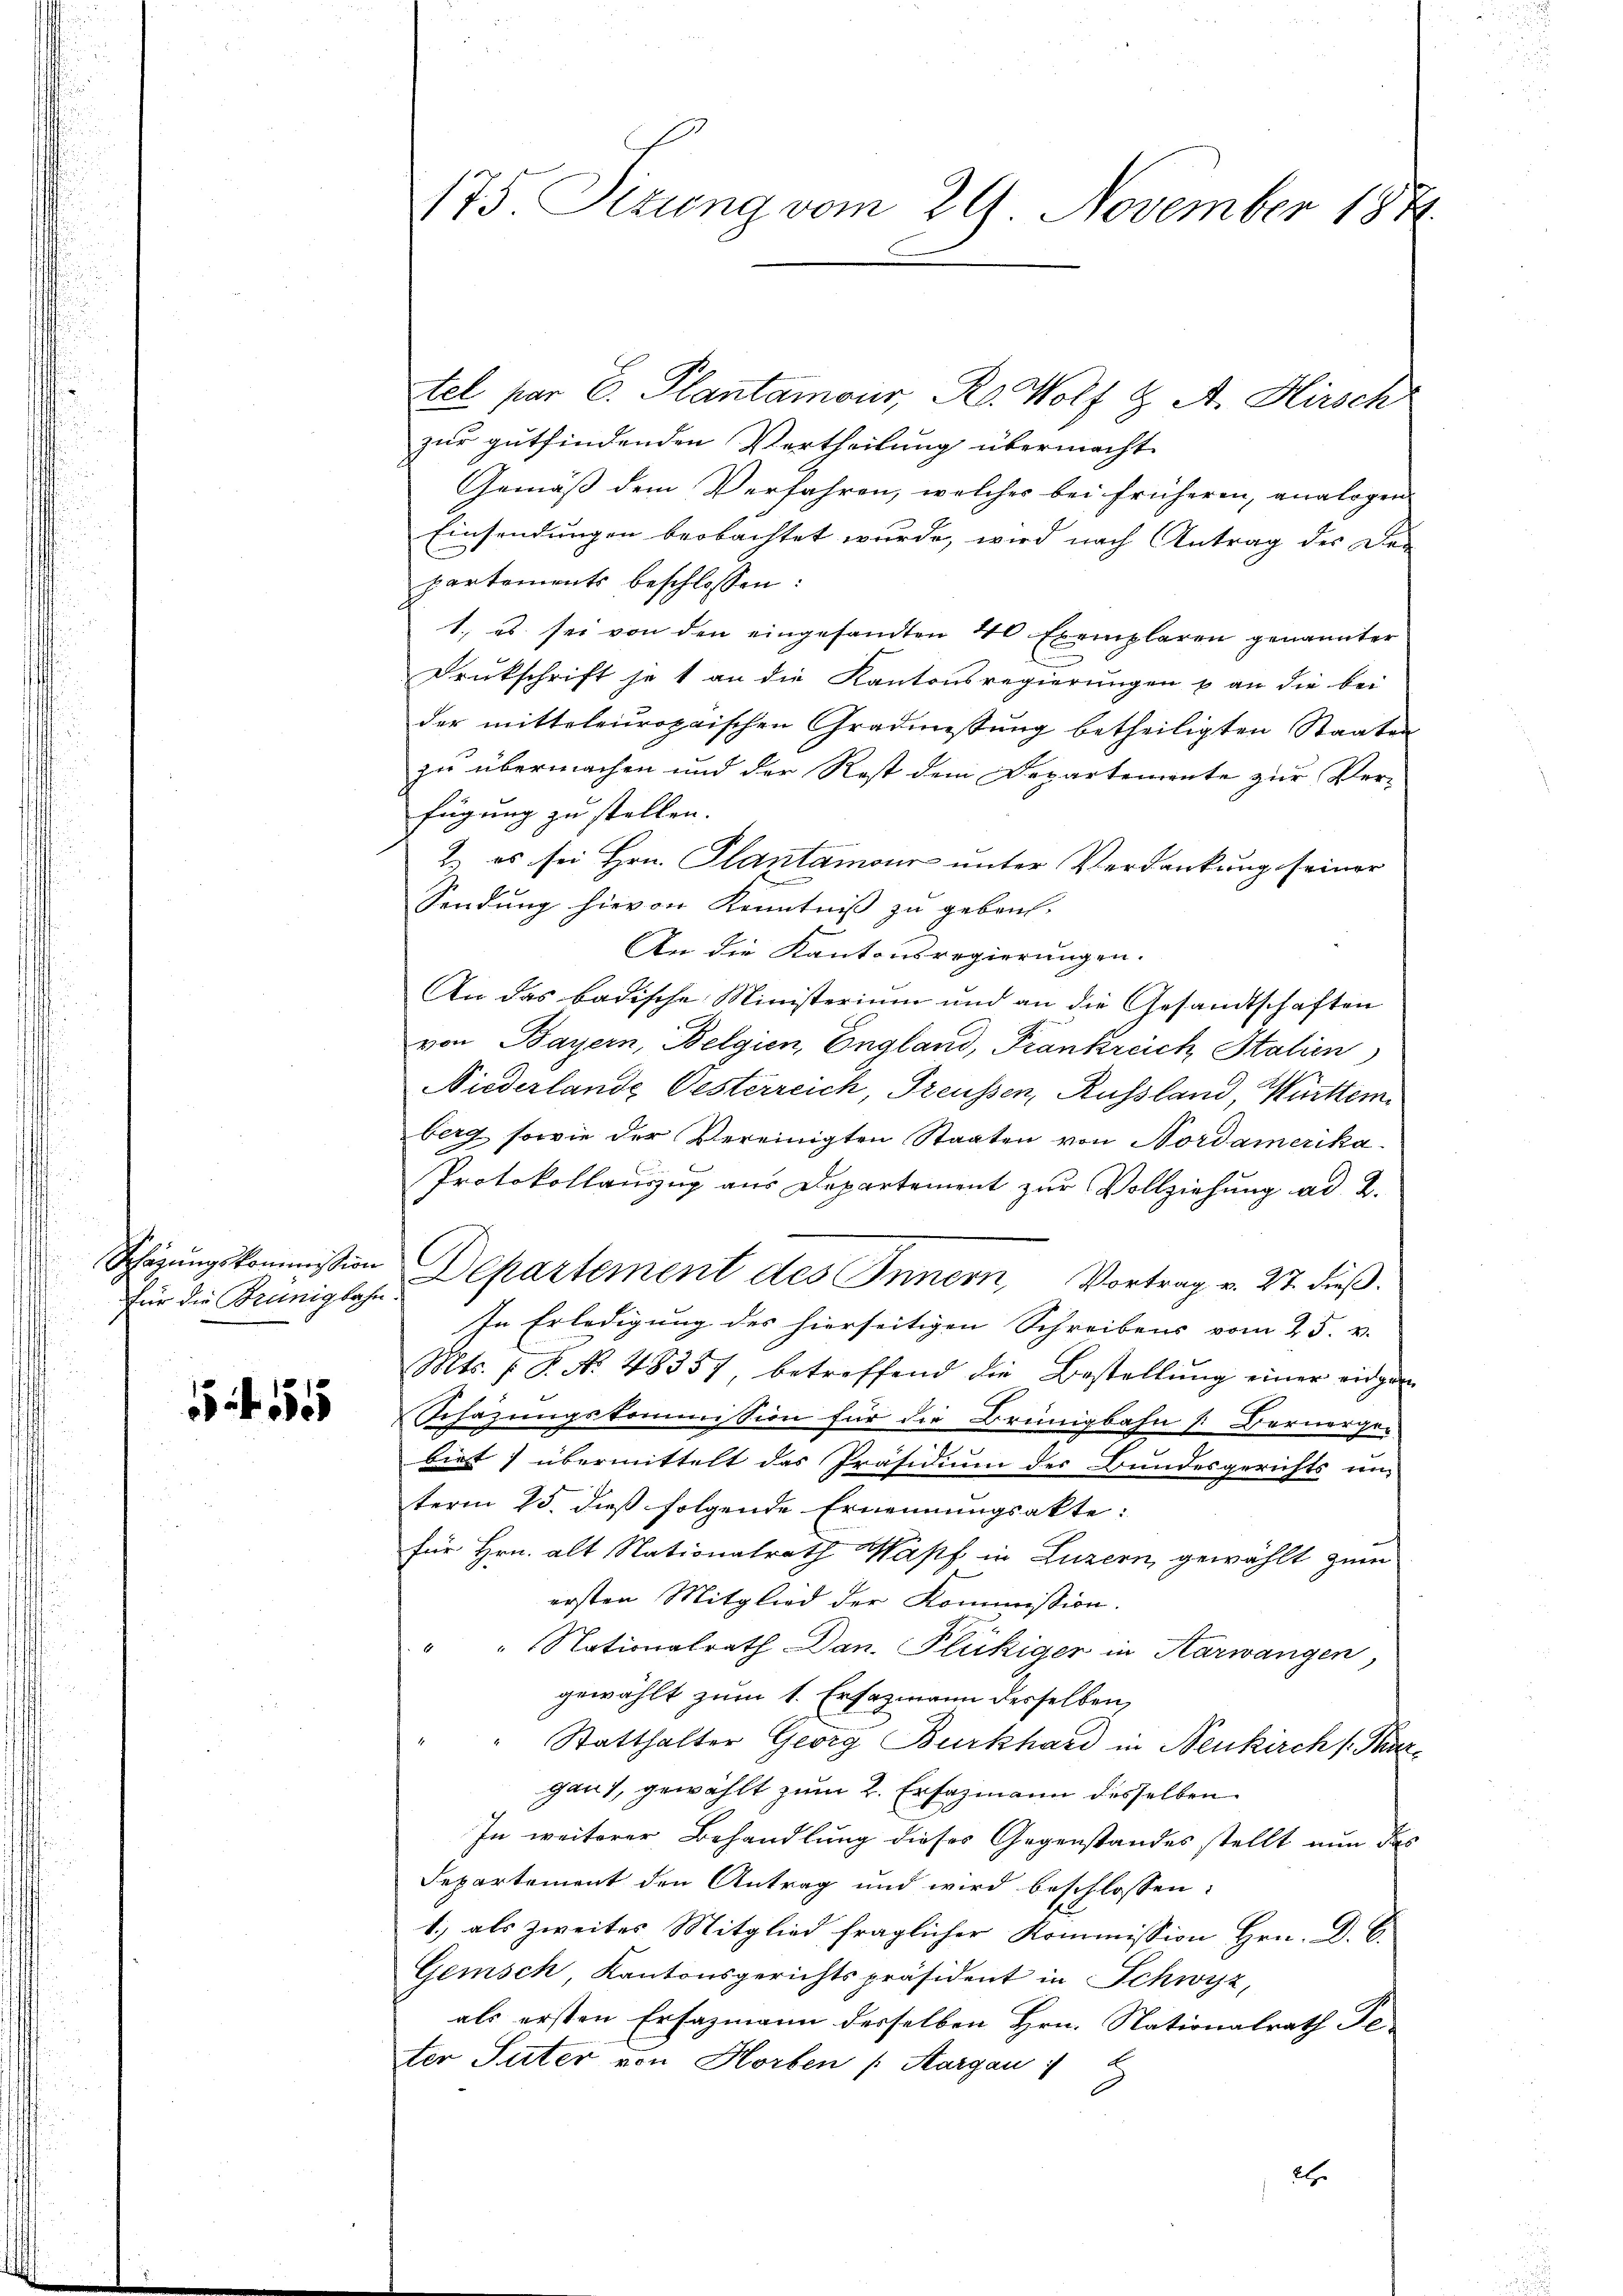
für die Brünigbahn.

15 f 15

175 Sizung vom 29. November 188

tel par C. Plantamour, R. Wolf & A. Hirsch
zur gutfindenden Vertheilung übermacht.
Gemäß dem Verfahren, welches bei früheren, analogen
Einsendungen beobachtet wurde, wird nach Antrag des Den
partements beschlossen:
1., es sei von den eingesandten 40 Exemplaren genannter
Drukschrift je 1 an die Kantonsregierungen & an die bei
der mitteleuropaischen Gradmissung betheiligten Staaten
zu übermachen und der Rost dem Departemente zur Verfügung zu stellen. |
2. es sei Hrn. Plantamour unter Verdankung seiner
Sendung hievon Kenntniß zu geben.
An die Kantonsregierungen.
An das badische Ministerium und an die Gesandtschaften
von Bayern, Belgien, England, Frankreich Stalien
Niederlande Oesterreich, Freussen, Russland, Württem
berg sowie der Vereinigten Staaten von Nordamerika¬
Protokollanzug aus Departement zur Vollziehung ad 2.
Schöhŭngskommission Departement des Innern, Vortrag v. 27. dieβ.
In Erledigung des hierseitigen Schreibens vom 25. v.
Mts. f. P. No. 48357, betreffend die Bestellŭng einer eidgan
Schazungskommision für die Brüngbahn [Bernerge-
biet) übermittelt das Präsidium der Bundesgerichts un
term 25. dieß folgende Ernennungsakte:
für Hrn. alt Nationalrath Wapf in Luzern, gewählt zum
ersten Mitglied der Kommission.
" " Nationalrath Dan. Plückiger in Aarwangen,
gewählt zum 1. Erfazmann desselben,
" Statthalter Georg Burkhard in Neukirch (Thargau), gewählt zum 2. Ersazmann desselben
In weiterer Behandlung dieses Gegenstandes stellt nun das
Departement den Antrag und wird beschlossen:
1.) als zweites Mitglied fraglicher Kommission Hrn. D. C.
Gemsch, Kantonsgerichtspräsident in Schwyz,
als ersten Erfazmann derselben Hrn. Nationalrath Getter Suter von Horben (Aargau
2